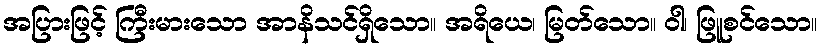
အပြားဖြင့် ကြီးမားသော အာနိသင်ရှိသော။ အရိယေ၊ မြတ်သော။ ဝါ၊ ဖြူစင်သော။